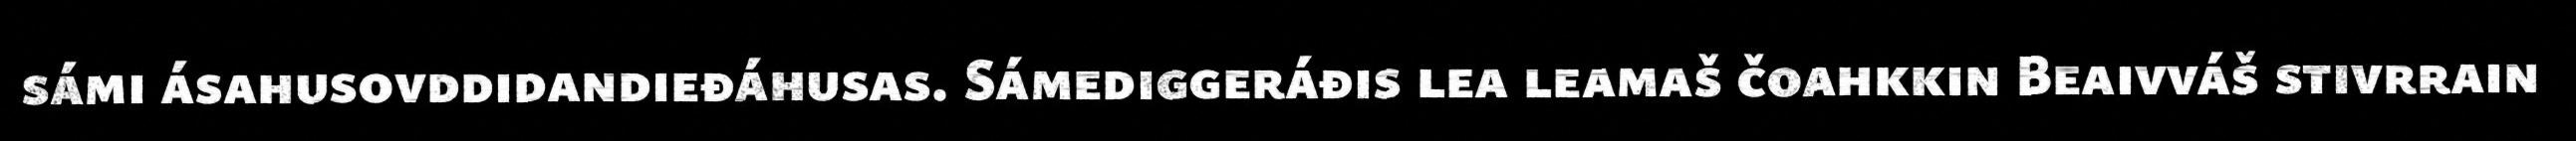
sámi ásahusovddidandieđáhusas. Sámediggeráđis lea leamaš čoahkkin Beaivváš stivrrain